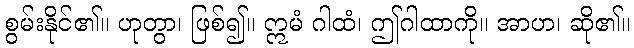
စွမ်းနိုင်၏။ ဟုတွာ၊ ဖြစ်၍။ ဣမံ ဂါထံ၊ ဤဂါထာကို။ အာဟ၊ ဆို၏။